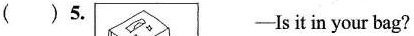
( )5. ——Is it in your bag?